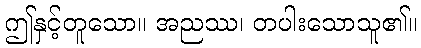
ဤနှင့်တူသော။ အညဿ၊ တပါးသောသူ၏။